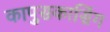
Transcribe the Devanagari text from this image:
कापुसकासिंग